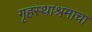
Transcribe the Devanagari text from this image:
गृहस्थाश्रमाचा